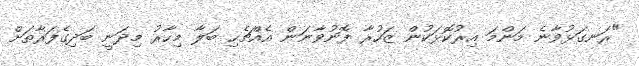
"ރަނގަޅުވާނެ މަންމަ އިރުކޮޅަކުން ޒަހުރާ ފޮނުވާނަން އެއްޗެހި ބަލާ މިހާރު މިދަނީ ބަދިގެފަރާތަށް